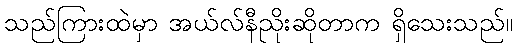
သည်ကြားထဲမှာ အယ်လ်နီညိုးဆိုတာက ရှိသေးသည်။